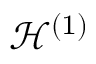
\mathcal { H } ^ { ( 1 ) }